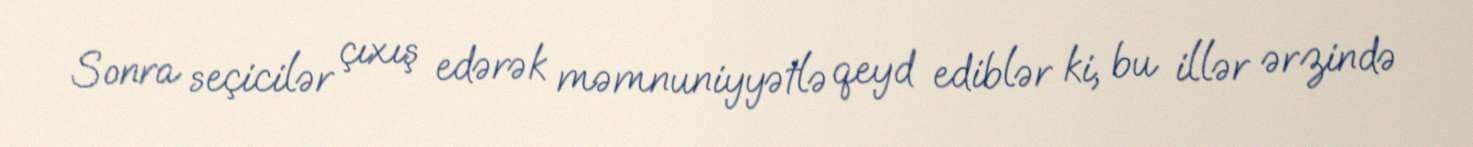
Sonra seçicilər çıxış edərək məmnuniyyətlə qeyd ediblər ki, bu illər ərzində